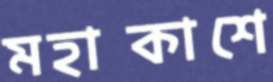
মহাকাশে